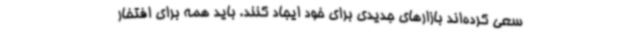
سعی کرده‌اند بازارهای جدیدی برای خود ایجاد کنند. باید همه برای افتخار